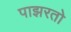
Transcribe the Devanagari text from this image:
पाझरतो